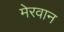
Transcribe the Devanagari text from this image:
मेरवान